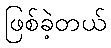
ဖြစ်ခဲ့တယ်